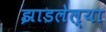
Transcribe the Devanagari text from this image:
झाडलेल्या